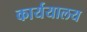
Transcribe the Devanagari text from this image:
कार्ययालय